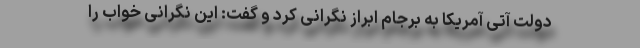
دولت آتی آمریکا به برجام ابراز نگرانی کرد و گفت: این نگرانی خواب را